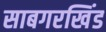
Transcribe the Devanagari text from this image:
साबगरखिंड